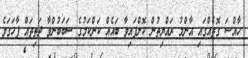
ހާއްސަ ގޮތެއްގައި އާންމު ރައްޔިތުން ކޮށްފައިވާ ބައެއް ކަންކަމުގެ ސަބަބުންވާ ދަތިތައް ފާހަގަވެ